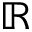
\mathbb { R }